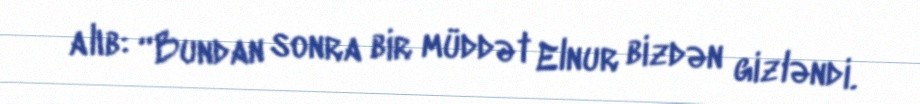
alıb: “Bundan sonra bir müddət Elnur bizdən gizləndi.